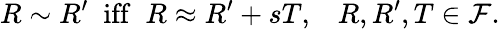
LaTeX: R\sim R^{\prime}\; \mathrm{~iff~}\; R\approx R^{\prime}+sT,\; \; \; R,R^{\prime},T\in{\cal F}.